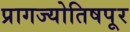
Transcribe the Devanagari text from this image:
प्रागज्योतिषपूर